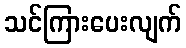
သင်ကြားပေးလျက်